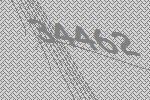
34462